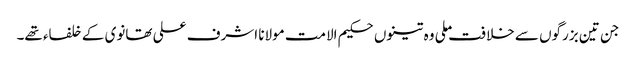
جن تین بزرگوں سے خلافت ملی وہ تینوں حکیم الامت مولانا اشرف علی تھانوی کے خلفاء تھے۔